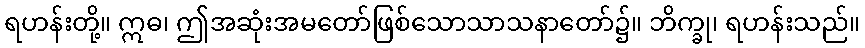
ရဟန်းတို့။ ဣဓ၊ ဤအဆုံးအမတော်ဖြစ်သောသာသနာတော်၌။ ဘိက္ခု၊ ရဟန်းသည်။